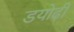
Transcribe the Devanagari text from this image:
डयोढ़ी